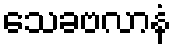
သေခဗလာနံ